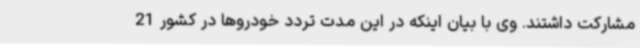
مشارکت داشتند. وی با بیان‌ اینکه در این مدت تردد خودروها در کشور 21